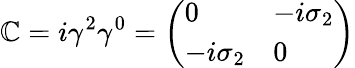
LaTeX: \mathbb{C}=i\gamma^{2}\gamma^{0}={\left(\begin{array}{ll}{0}&{-i\sigma_{2}}\\ {-i\sigma_{2}}&{0}\end{array}\right)}